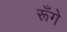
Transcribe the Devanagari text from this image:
रूँगे